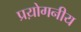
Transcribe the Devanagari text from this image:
प्रय़ोगनीय